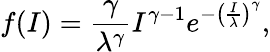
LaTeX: f(I)=\frac{\gamma}{\lambda^{\gamma}}I^{\gamma-1}e^{-\left(\frac{I}{\lambda}\right)^{\gamma}},